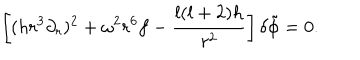
\left[ ( h r ^ { 3 } \partial _ { r } ) ^ { 2 } + \omega ^ { 2 } r ^ { 6 } f - { \frac { l ( l + 2 ) h } { r ^ { 2 } } } \right] \delta \tilde { \phi } = 0 .